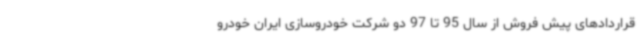
قراردادهای پیش فروش از سال 95 تا 97 دو شرکت خودروسازی ایران خودرو